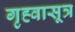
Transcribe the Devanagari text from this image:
गृह्वासूत्र